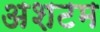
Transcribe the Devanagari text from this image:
अशटम